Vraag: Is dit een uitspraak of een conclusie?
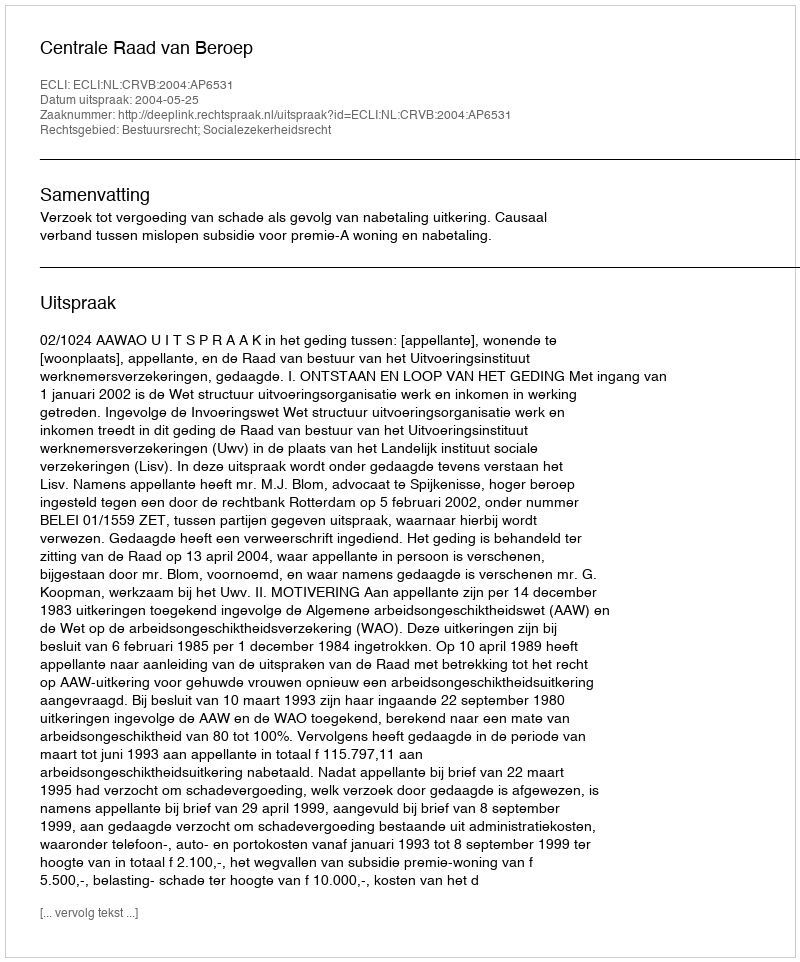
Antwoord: Uitspraak